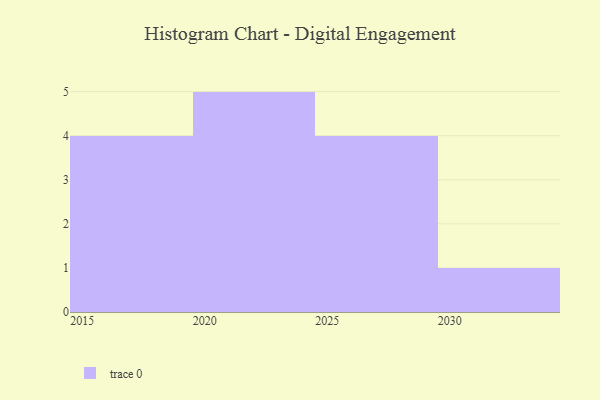
{"axis": {"x": "Year", "y": "Gross Profit (USD K)"}, "legend": [""], "data": [{"x": "2027", "y": 8, "type": ""}, {"x": "2015", "y": 54, "type": ""}, {"x": "2026", "y": 68, "type": ""}, {"x": "2028", "y": 80, "type": ""}, {"x": "2016", "y": 94, "type": ""}, {"x": "2025", "y": 28, "type": ""}, {"x": "2018", "y": 39, "type": ""}, {"x": "2017", "y": 4, "type": ""}, {"x": "2022", "y": 82, "type": ""}, {"x": "2030", "y": 71, "type": ""}, {"x": "2021", "y": 84, "type": ""}, {"x": "2024", "y": 100, "type": ""}, {"x": "2020", "y": 98, "type": ""}, {"x": "2023", "y": 50, "type": ""}]}